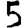
Digit: 5